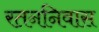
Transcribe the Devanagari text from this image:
रतननिवास